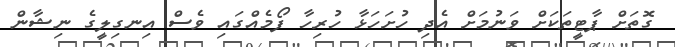
ގޮތަށް ޕާޓީތަކަށް ވަނުމަށް އެދި ހުށަހަޅާ ހުރިހާ ފޯމެއްގައި ވެސް އިނގިލީގެ ނިޝާން